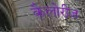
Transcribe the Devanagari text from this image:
कैलोरीज